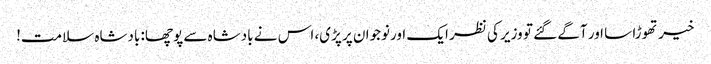
خیر تھوڑا سا اور آگے گئے تو وزیر کی نظر ایک اورنوجوان پر پڑی، اس نے بادشاہ سے پوچھا: بادشاہ سلامت!